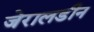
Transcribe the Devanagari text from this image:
जेरालडीन